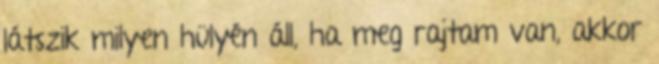
látszik milyen hülyén áll, ha meg rajtam van, akkor